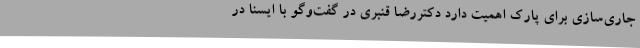
جاری‌سازی برای پارک اهمیت دارد دکتررضا قنبری در گفت‌وگو با ایسنا در